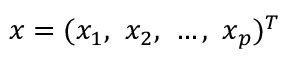
x = ( x _ { 1 } , \ x _ { 2 } , \ \ldots , \ x _ { p } ) ^ { T }